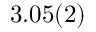
3 . 0 5 ( 2 )